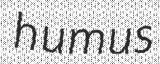
humus